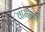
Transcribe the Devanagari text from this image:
वामनन